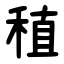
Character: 稙